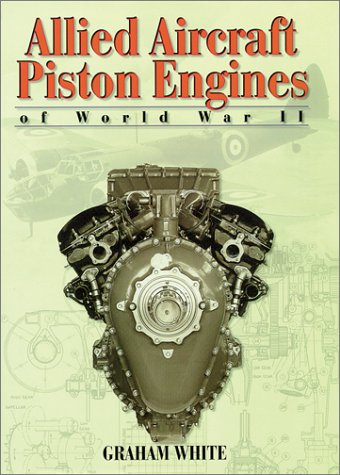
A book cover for Allied Aircraft Piston Engines of World War II: History and Development of Frontline Aircraft Piston Engines Produced by Great Britain and the united (Reference); Graham White; Crafts, Hobbies & Home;